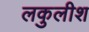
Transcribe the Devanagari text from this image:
लकुलीश